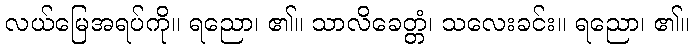
လယ်မြေအရပ်ကို။ ရညော၊ ၏။ သာလိခေတ္တံ၊ သလေးခင်း။ ရညော၊ ၏။